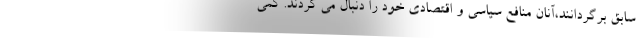
سابق برگردانند،آنان منافع سیاسی و اقتصادی خود را دنبال می کردند. کمی